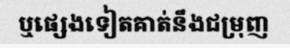
ឬផ្សេងទៀតគាត់នឹងជម្រុញ